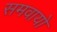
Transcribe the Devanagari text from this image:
समवायो